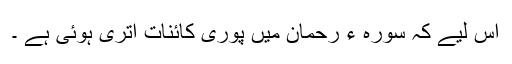
اس لیے کہ سورہ ء رحمان میں پوری کائنات اُتری ہوئی ہے ۔